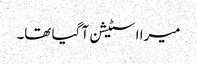
میرا اسٹیشن آ گیا تھا۔